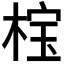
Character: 𬃏